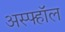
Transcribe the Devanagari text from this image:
अस्फ्हॉल